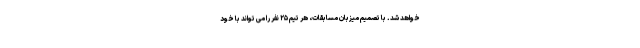
خواهد شد. با تصمیم میزبان مسابقات، هر تیم ۲۵ نفر را می تواند با خود